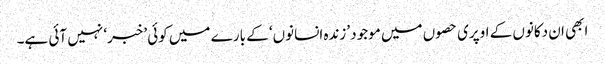
ابھی ان دکانوں کے اوپری حصوں میں موجود ’زندہ انسانوں‘ کے بارے میں کوئی ’خبر‘ نہیں آئی ہے۔